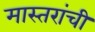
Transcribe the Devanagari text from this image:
मास्तरांची